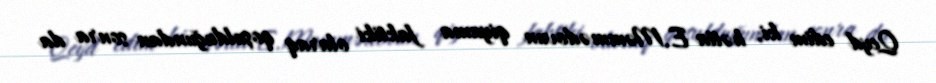
Qeyd edim ki, hətta E.Məmmədovun qiyama faktiki olaraq qoşulduğundan sonra da